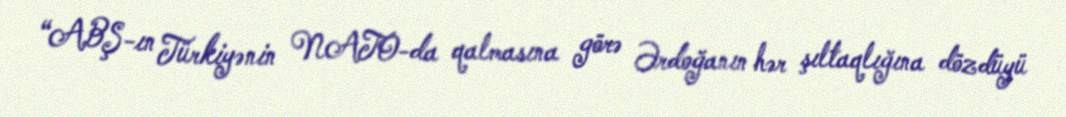
“ABŞ-ın Türkiyənin NATO-da qalmasına görə Ərdoğanın hər şıltaqlığına dözdüyü